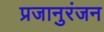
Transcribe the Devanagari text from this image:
प्रजानुरंजन